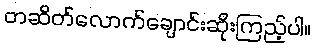
တဆိတ်လောက်ချောင်းဆိုးကြည့်ပါ။